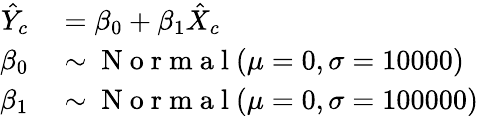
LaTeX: \begin{array}{rl}{\hat{Y}_{c}}&{{}=\beta_{0}+\beta_{1}\hat{X}_{c}}\\ {\beta_{0}}&{{}\sim\mathrm{~N~o~r~m~a~l~}(\mu=0,\sigma=10000)}\\ {\beta_{1}}&{{}\sim\mathrm{~N~o~r~m~a~l~}(\mu=0,\sigma=100000)}\end{array}